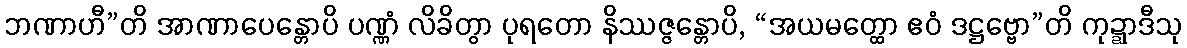
ဘဏာဟီ”တိ အာဏာပေန္တောပိ ပဏ္ဏံ လိခိတွာ ပုရတော နိဿဇ္ဇန္တောပိ, “အယမတ္ထော ဧဝံ ဒဋ္ဌဗ္ဗော”တိ ကုဍ္ဍာဒီသု